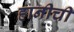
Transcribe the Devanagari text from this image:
हानीची